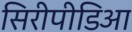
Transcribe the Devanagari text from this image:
सिरीपीडिआ